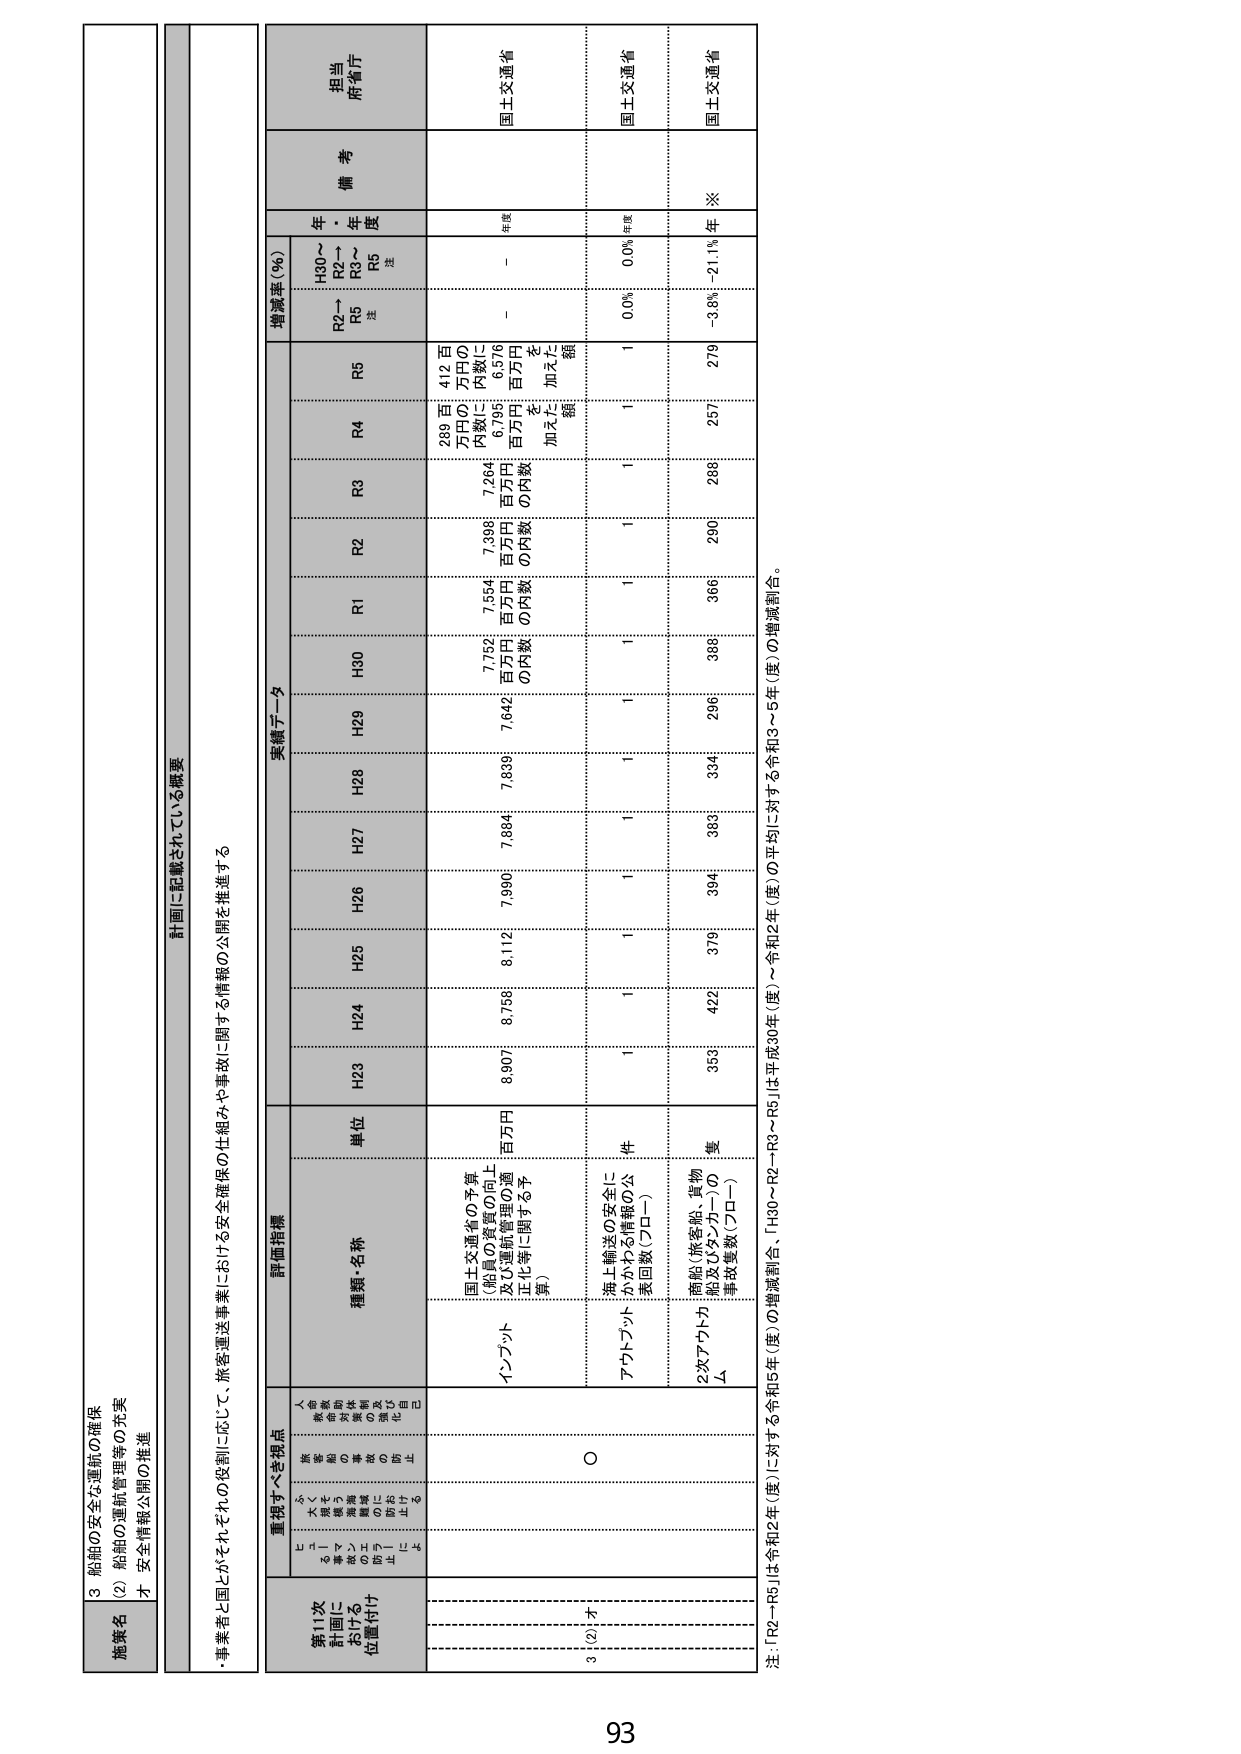
3 船舶の安全な運航の確保
(2) 船舶の運航管理等の充実
オ 安全情報公開の推進

計画に記載されている概要
・事業者と国とがそれぞれの役割に応じて、旅客運送事業における安全確保の仕組みや事故に関する情報の公開を推進する

第11次
計画に
おける
位置付け
重視すべき視点
評価指標
実績データ
増減率（％）
備考
担当
府・省庁

人命・
環境・
社会に
与える
影響が
大きい
事業の
安全確
保に
向けた
取組み
を重視
する

種類・名称
単位
H23
H24
H25
H26
H27
H28
H29
H30
R1
R2
R3
R4
R5
R2～R5
注
H30～R3～R5
注
年度

インフラ
国土交通省の予算
（船員の資質の向上
及び運航管理の適
正化等に関する予
算）
百万円
8,907
8,758
8,112
7,990
7,884
7,839
7,642
7,752
7,554
7,396
7,264
6,795
6,576
－
－
年間
国土交通省

アサトブット
海上輸送の安全に
かかわる情報の公
表回数（フロー）
件
1
1
1
1
1
1
1
1
1
1
1
1
1
0.0%
0.0%
年間
国土交通省

2次アサトブット
Δ
商船（旅客船、貨物
船及びタンカー）の
事故件数（フロー）
隻
353
422
379
394
383
334
296
388
366
290
288
257
279
－3.6%
－21.1%
※
国土交通省

注：「R2～R5」は令和2年（度）に対する令和5年（度）の増減割合、「H30～R2～R3～R5」は平成30年（度）～令和2年（度）の平均に対する令和3～5年（度）の増減割合。

93